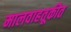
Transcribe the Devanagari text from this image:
मालवाहतूकीत